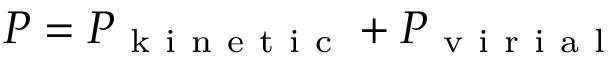
P = P _ { \mathrm { ~ k ~ i ~ n ~ e ~ t ~ i ~ c ~ } } + P _ { \mathrm { ~ v ~ i ~ r ~ i ~ a ~ l ~ } }